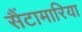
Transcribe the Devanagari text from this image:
सैंटामारिया